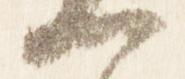
一